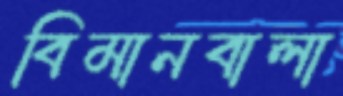
বিমানবালা